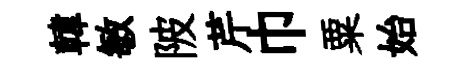
韓敏陂芹巾粟始